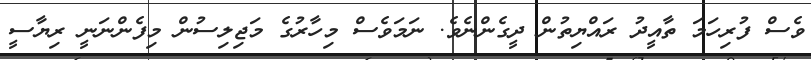
ވެސް ފުރިހަމަ ތާއީދު ރައްޔިތުން ދީގެންނެވެ. ނަމަވެސް މިހާރުގެ މަޖިލިސުން މިފެންނަނީ ރިޔާސީ